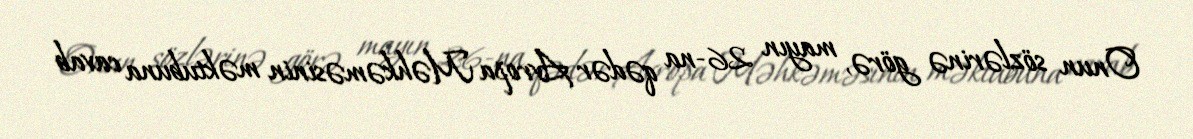
Onun sözlərinə görə, mayın 26-na qədər Avropa Məhkəməsinin məktubuna cavab